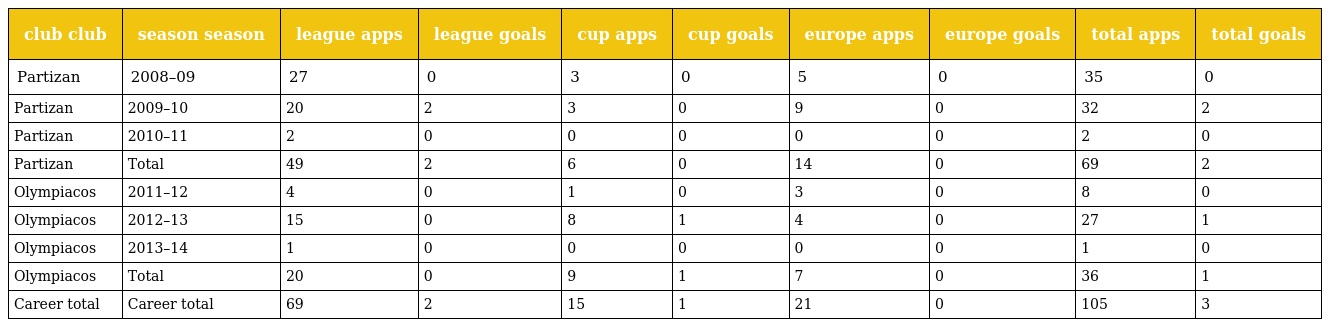
| club club | season season | league apps | league goals | cup apps | cup goals | europe apps | europe goals | total apps | total goals |
 | --- | --- | --- | --- | --- | --- | --- | --- | --- | --- |
 | Partizan | 2008–09 | 27 | 0 | 3 | 0 | 5 | 0 | 35 | 0 |
 | Partizan | 2009–10 | 20 | 2 | 3 | 0 | 9 | 0 | 32 | 2 |
 | Partizan | 2010–11 | 2 | 0 | 0 | 0 | 0 | 0 | 2 | 0 |
 | Partizan | Total | 49 | 2 | 6 | 0 | 14 | 0 | 69 | 2 |
 | Olympiacos | 2011–12 | 4 | 0 | 1 | 0 | 3 | 0 | 8 | 0 |
 | Olympiacos | 2012–13 | 15 | 0 | 8 | 1 | 4 | 0 | 27 | 1 |
 | Olympiacos | 2013–14 | 1 | 0 | 0 | 0 | 0 | 0 | 1 | 0 |
 | Olympiacos | Total | 20 | 0 | 9 | 1 | 7 | 0 | 36 | 1 |
 | Career total | Career total | 69 | 2 | 15 | 1 | 21 | 0 | 105 | 3 |